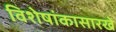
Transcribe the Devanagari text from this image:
विशेषांकासारखे